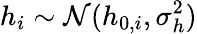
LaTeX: h_{i}\sim\mathcal{N}(h_{0,i},\sigma_{h}^{2})